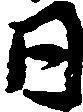
日